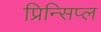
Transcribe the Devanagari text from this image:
प्रिन्सिप्ल